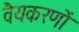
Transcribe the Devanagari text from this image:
वैयकरणों